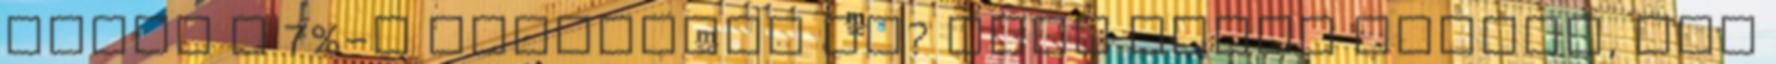
ahogy a 7%-s növekedés is? Hogy annak idején, nem